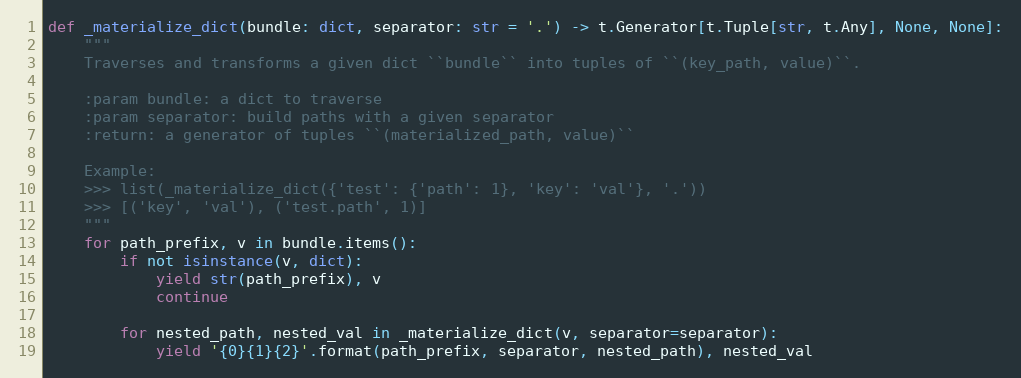
Language: Python
def _materialize_dict(bundle: dict, separator: str = '.') -> t.Generator[t.Tuple[str, t.Any], None, None]:
    """
    Traverses and transforms a given dict ``bundle`` into tuples of ``(key_path, value)``.

    :param bundle: a dict to traverse
    :param separator: build paths with a given separator
    :return: a generator of tuples ``(materialized_path, value)``

    Example:
    >>> list(_materialize_dict({'test': {'path': 1}, 'key': 'val'}, '.'))
    >>> [('key', 'val'), ('test.path', 1)]
    """
    for path_prefix, v in bundle.items():
        if not isinstance(v, dict):
            yield str(path_prefix), v
            continue

        for nested_path, nested_val in _materialize_dict(v, separator=separator):
            yield '{0}{1}{2}'.format(path_prefix, separator, nested_path), nested_val